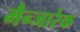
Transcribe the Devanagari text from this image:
मैन्जारेक